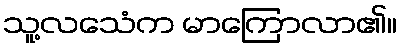
သူ့လသေံက မာကြောလာ၏။